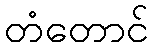
တံတောင်